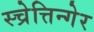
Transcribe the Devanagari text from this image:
स्च्रेत्तिन्गेर